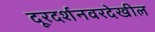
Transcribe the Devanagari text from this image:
दूरदर्शनवरदेखील